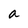
Character: a